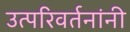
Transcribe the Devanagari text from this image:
उत्परिवर्तनांनी